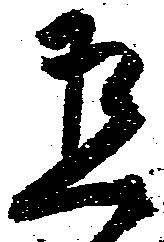
有